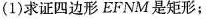
(1)求证四边形EFNM是矩形；